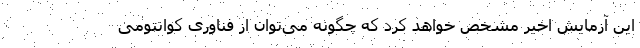
این آزمایش اخیر مشخص خواهد کرد که چگونه می‌توان از فناوری کوانتومی